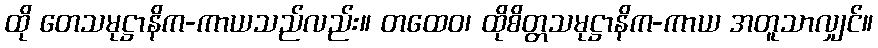
ထို တေသမုဋ္ဌာနိက-ကာယသည်လည်း။ တထေဝ၊ ထိုစိတ္တသမုဋ္ဌာနိက-ကာယ အတူသာလျှင်။